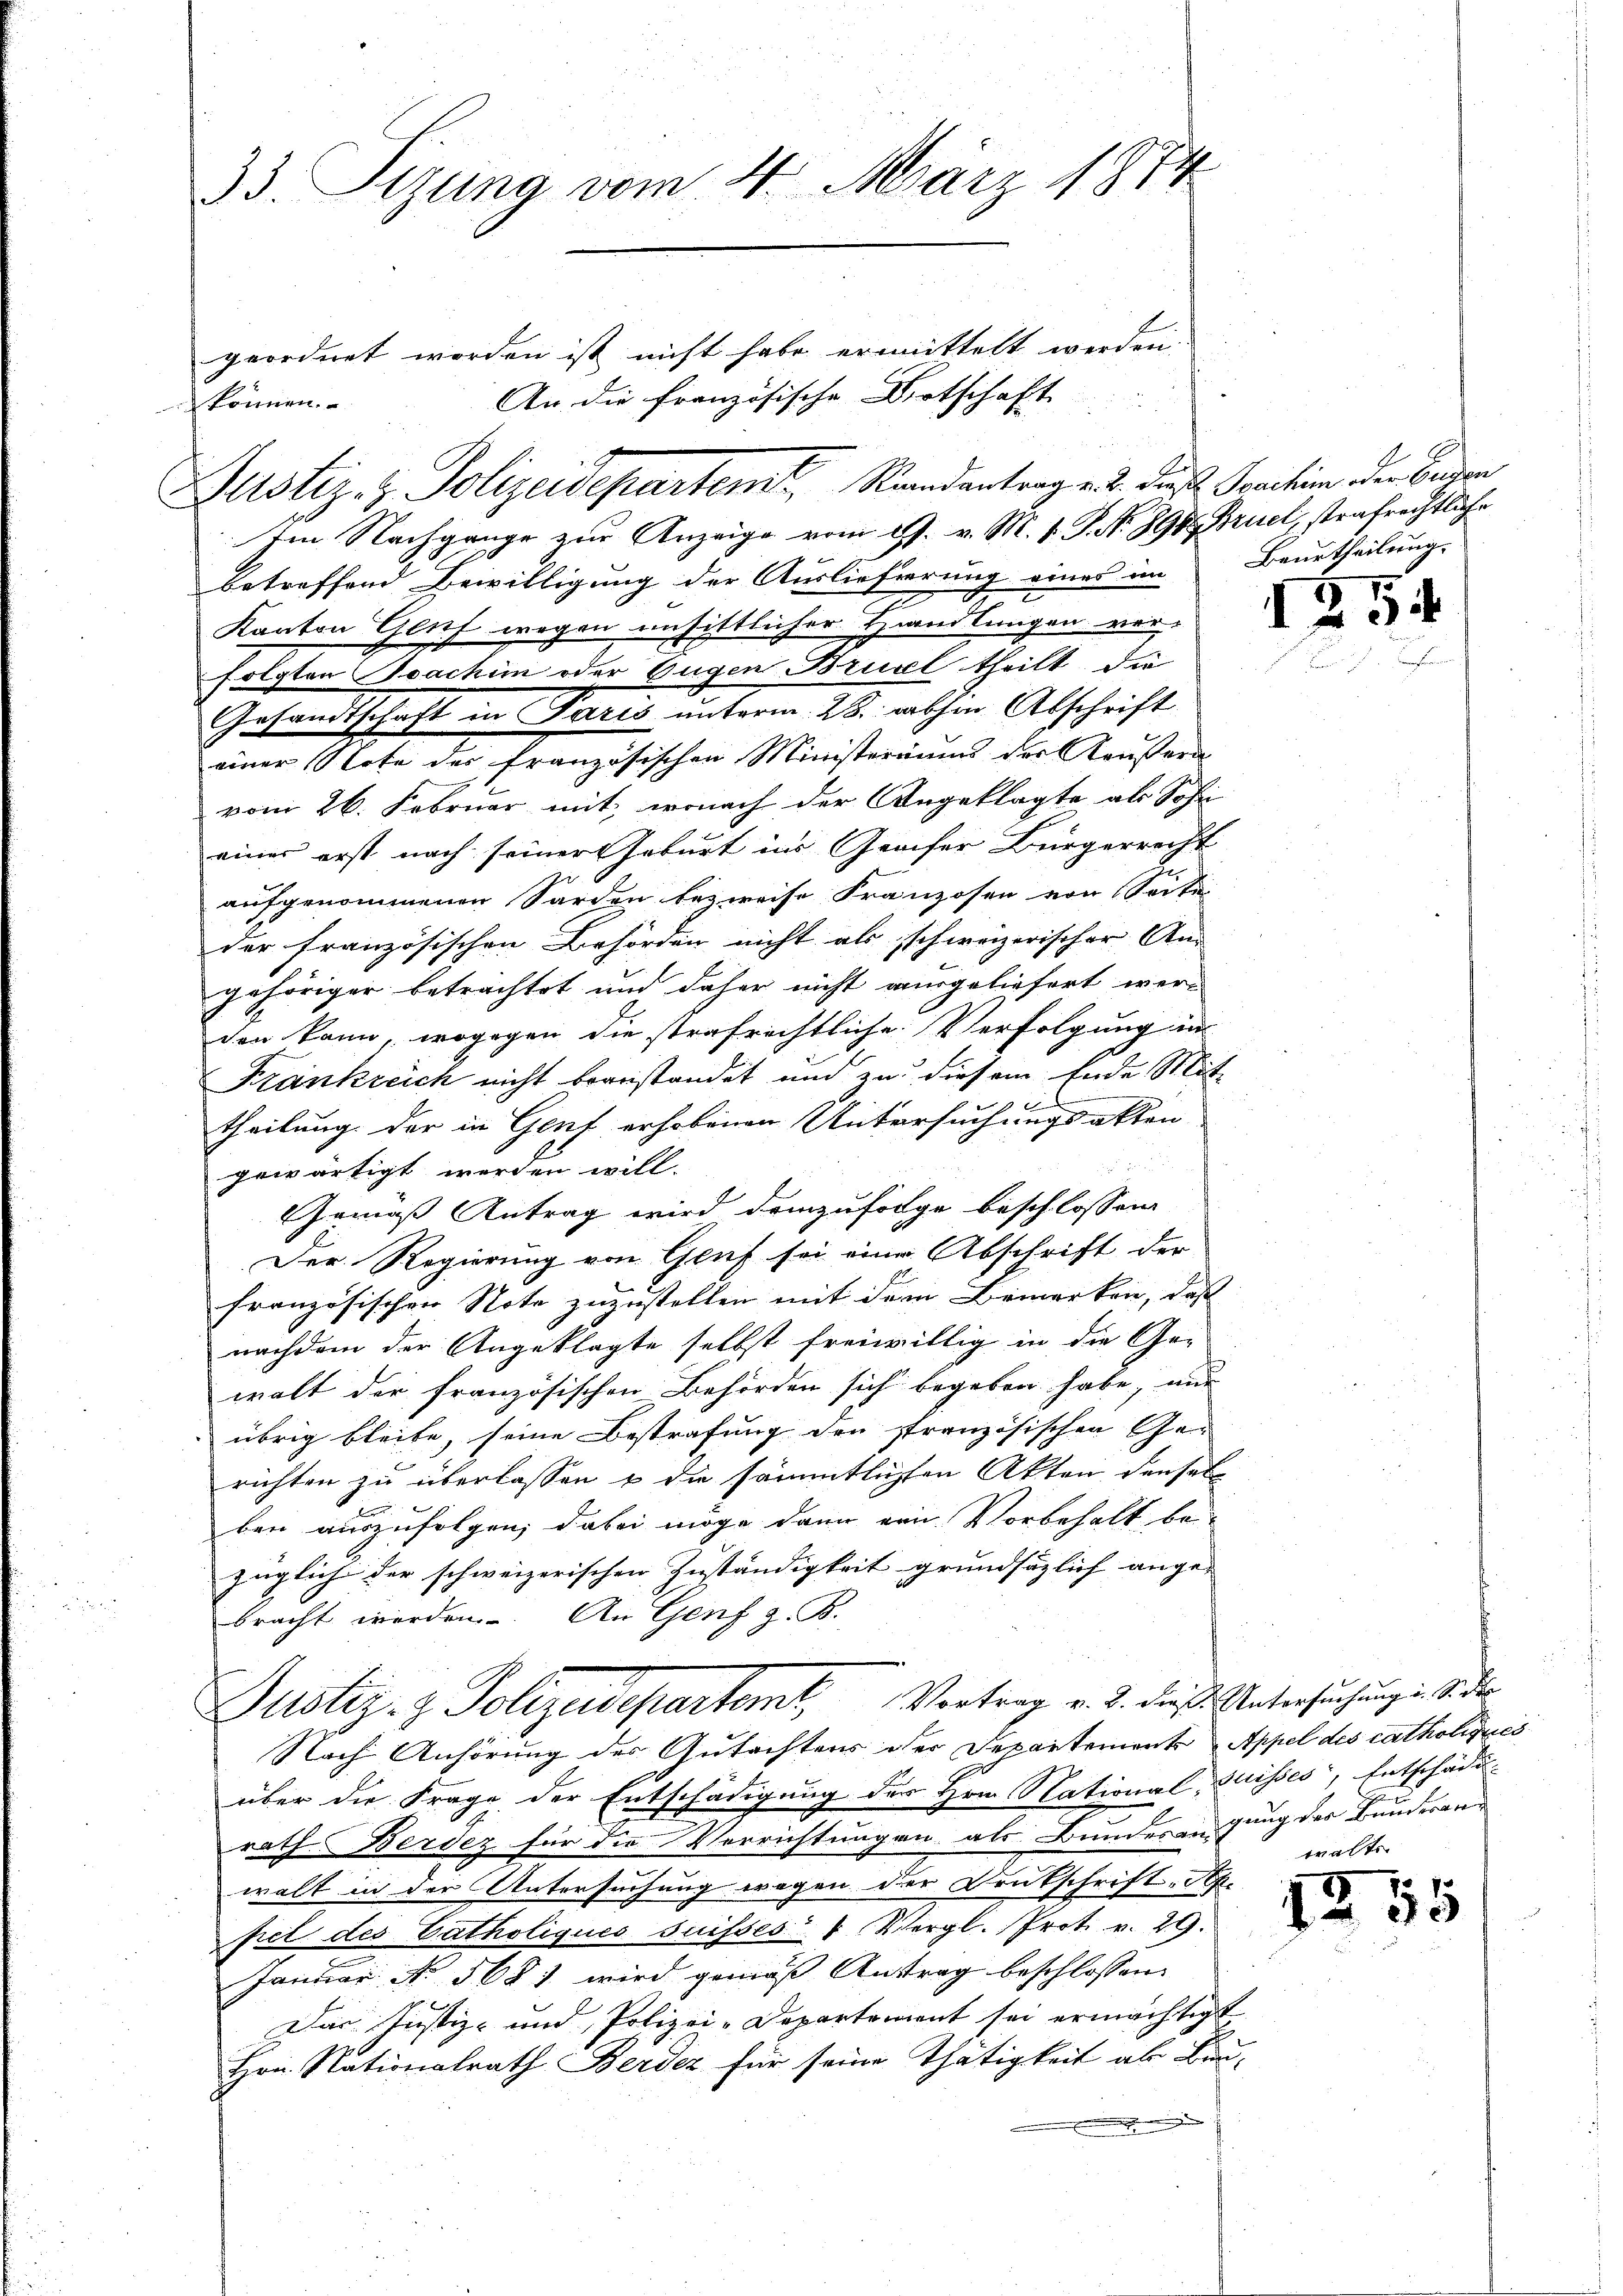
33. Stung vom 4. März 1874

Justiz- & Polizeidepartemt. Randantrag v. 2. diese Traction der Baden

geordnet worden ist nicht habe ermittelt werden.

An die französische Botschaft
können.

S

Im Nachgange zur Anzeige vom 19. v. M. v. J. N. 891 Bruel, strafrechtliche
betreffend Bewilligung der Auslieferung eines im Beurtheilung
Kanton Gluf wegen unsittlicher Handlungen ver-
folgten Joachim oder Eugen Brudel theilt, die
Gesandtschaft in Paris unterm 28. abhin Abschrift
einer Note des französischen Ministeriums der Kaussera
vom 26. Februar mit, wonach der Angeklagte als Sohn
einer erst nach seiner Geburt ins Grafer Bürgerrecht
aufgenommenen Sarden bezweise Franzosen von Seite
der französischen Behörden nicht als schweizerischer An-
gehöriger betrachtet und daher nicht ausgeliefert werden kann, wogegen die strafrichtliche Verfolgung in
Frankreich nicht beanstandet und zu diesem Ende Mit
1
theilung der in Genf erhobenen Untersuchungsakten

gewärtigt werden will.
Gemäß Antrag wird demzufolge beschlossen
Der Regierung von Gruf sei eine Abschrift der
französischen Note zuzustellen mit dem Bemerken, daß
nachdem der Angeklagte selbst freiwillig in die Gewalt der französischen Behörden sich begeben habe, und
übrig bleibe, seine Bestrafung den stranzösischen Gerichten zu überlassen u die sämmtlichten Akten denselben auszufolgen; dabei möge dann von Vorbehalt be-
züglich der schweizerischen Zuständigkeit grundsätzlich ange- |
bracht werden. An Genf z. B.
Justiz- & Polizeidepartemt, Vortrag v. 2. diese Untersuchung u. s. der
Nach Anhörung des Gutachtens der Departement Appel des catholignes
über die Frage der Entschädigung des Hrn. National, Suisses, Entschädi-
rath Berdez für die Verrichtungen als Bundesangung des Bunderar
walt in der Untersuchung wegen der Deutschrift „Ap.
fiel des Catholiqués suisses Vergl. Prot. v. 29.
Januar No. 568 1 wird gemäß Antrag beschlossen:
Das Justiz- und Polizei-Departement sei ermächtigt
Hrn. Nationalrath Berdez für seine Thätigkeit ab Bau-

.

walts

.

5

15